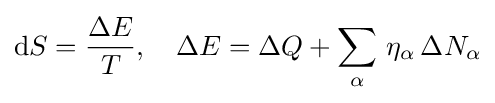
\mathrm {d} S={\frac {\Delta E}{T}},\quad \Delta E=\Delta Q+\sum _{\alpha }\,\eta _{\alpha }\,\Delta N_{\alpha }